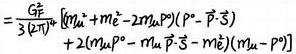
$=\frac{G_{F}^{2}}{3(2 \pi)^{6}} \int\left[m_{u}^{2}+m_{e}^{2}-2 m_{u} P^{0}\left(P^{0}-\vec{P} \cdot \vec{s}\right)\right.\\+2\left(m_{u} P^{0}-m_{u} \vec{P} \cdot \vec{s}-m_{e}^{2}\right)\left(m_{u}-P^{0}\right)]$